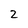
Character: 2